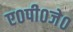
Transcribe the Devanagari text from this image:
ए०पी०जे०